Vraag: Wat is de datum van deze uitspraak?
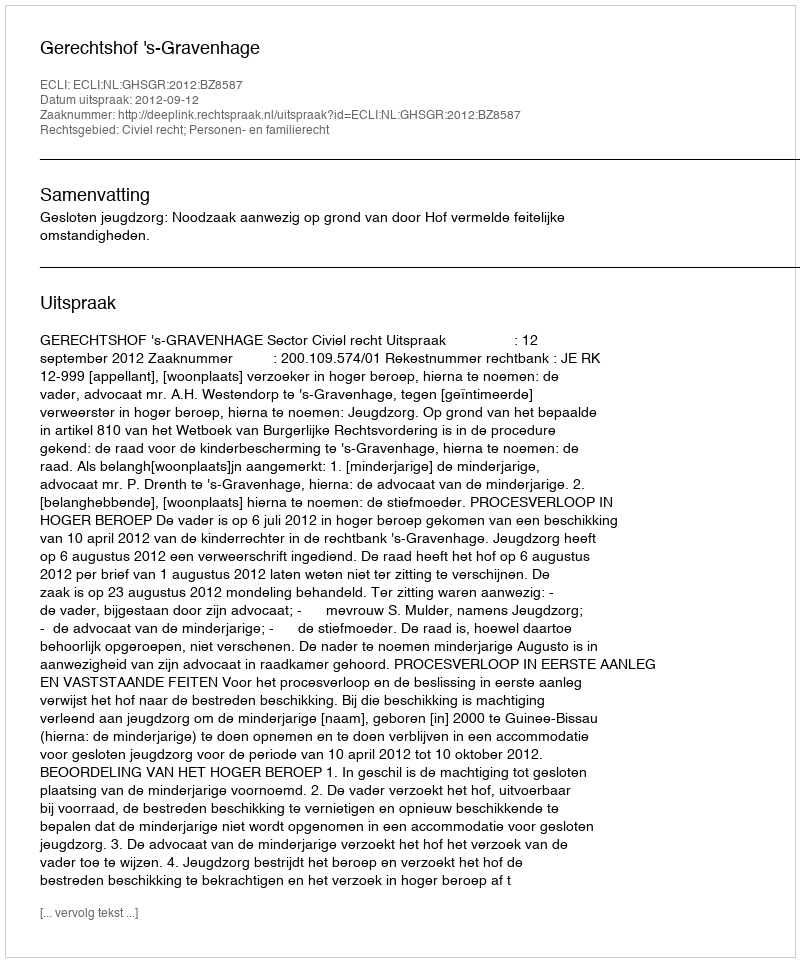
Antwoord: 2012-09-12